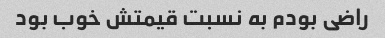
راضی بودم به نسبت قیمتش خوب بود